Annual report of the Punjab Veterinary College and of the Civil Veterinary Department, Punjab - 1909-1919
Year: 1909
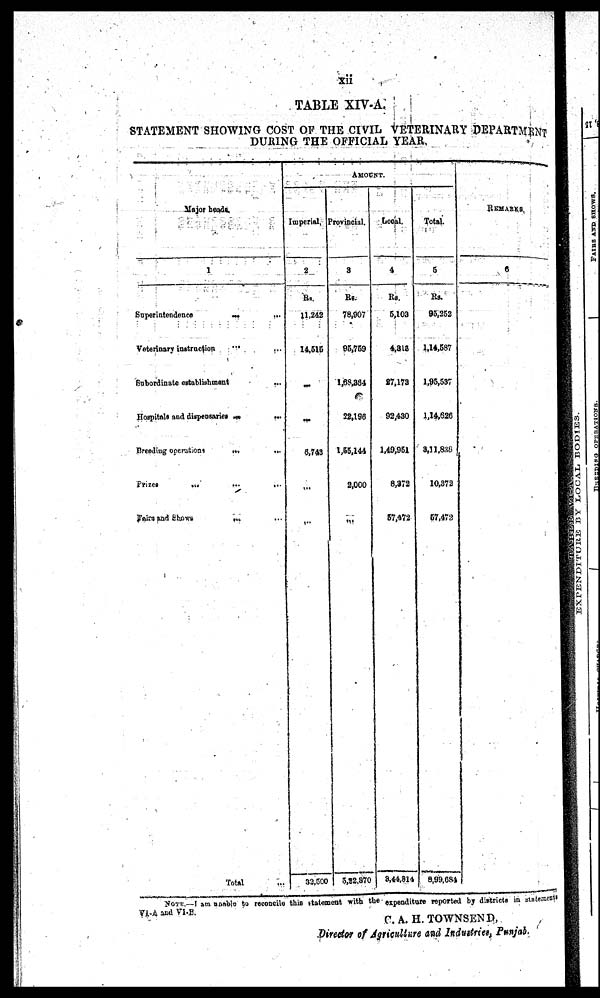
xii
TABLE XIV-A.
STATEMENT SHOWING COST OF THE CIVIL VETERINARY DEPARTMENT
DURING THE OFFICIAL YEAR.
Major heads.
1
Superintendence
...
...
Veterinary instruction ... ...
Subordinate establishment ...
Hospitals and dispensaries
...
...
Breeding
operations
...
...
Prizes
...
...
...
Fairs and Shows ... ...
Total ...
AMOUNT.
Imperial.
2
Rs.
11.242
14,515
...
...
6,743
...
...
32,560
Provincial.
3
Rs.
78,907
95,759
1,68,364
22,196
1,65,144
2,000
...
5,22,870
Local.
4
Rs.
5,103
4,318
27,173
92,430
1,49,951
8,372
57,472
8,44,814
Total.
5
Rs.
95,252
1,14,537
1,95,537
1,14,626
3,11,838
10,372
57,472
8,99,684
REMARKS.
6
NOTE:—I am unable to reconcile this statement with the expenditure reported by districts in statements
VI-A and VI-B.
C. A. H. TOWNSEND,
Director of Agriculture and Industries, Punjab